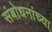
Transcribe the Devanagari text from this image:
संबोधनांच्या